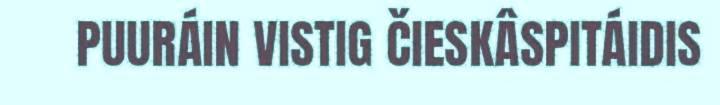
PUURÁIN VISTIG ČIESKÂSPITÁIDIS